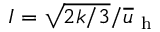
I = \sqrt { 2 k / 3 } / \overline { { u } } _ { \mathrm { ~ h ~ } }